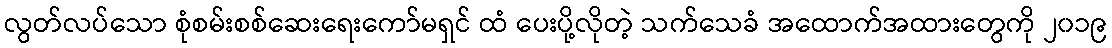
လွတ်လပ်သော စုံစမ်းစစ်ဆေးရေးကော်မရှင် ထံ ပေးပို့လိုတဲ့ သက်သေခံ အထောက်အထားတွေကို ၂၀၁၉